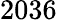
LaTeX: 2036